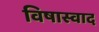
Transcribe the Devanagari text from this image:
विषास्वाद